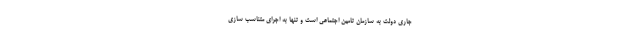
جاری دولت به سازمان تامین اجتماعی است و تنها به اجرای متناسب سازی